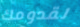
لقدومك